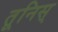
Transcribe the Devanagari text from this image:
तूनिस्